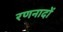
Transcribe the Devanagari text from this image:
रणनादों